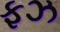
ફઝ